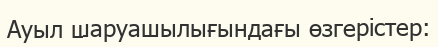
Ауыл шаруашылығындағы өзгерістер: